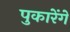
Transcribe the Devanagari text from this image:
पुकारेंगे